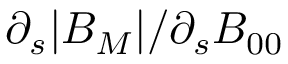
\partial _ { s } | B _ { M } | / \partial _ { s } B _ { 0 0 }